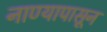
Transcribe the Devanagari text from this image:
नाण्यापासून